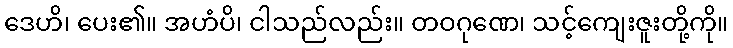
ဒေဟိ၊ ပေး၏။ အဟံပိ၊ ငါသည်လည်း။ တဝဂုဏေ၊ သင့်ကျေးဇူးတို့ကို။